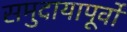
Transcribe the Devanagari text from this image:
समुदायापूर्वों